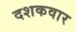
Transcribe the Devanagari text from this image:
दशकवार